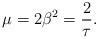
LaTeX: \begin{align*}\mu = 2\beta^2 = \frac{2}{\tau}.\end{align*}